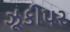
ઝૂકીપર